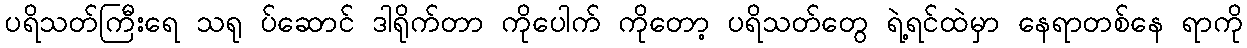
ပရိသတ်ကြီးရေ သရု ပ်ဆောင် ဒါရိုက်တာ ကိုပေါက် ကိုတော့ ပရိသတ်တွေ ရဲ့ရင်ထဲမှာ နေရာတစ်နေ ရာကို